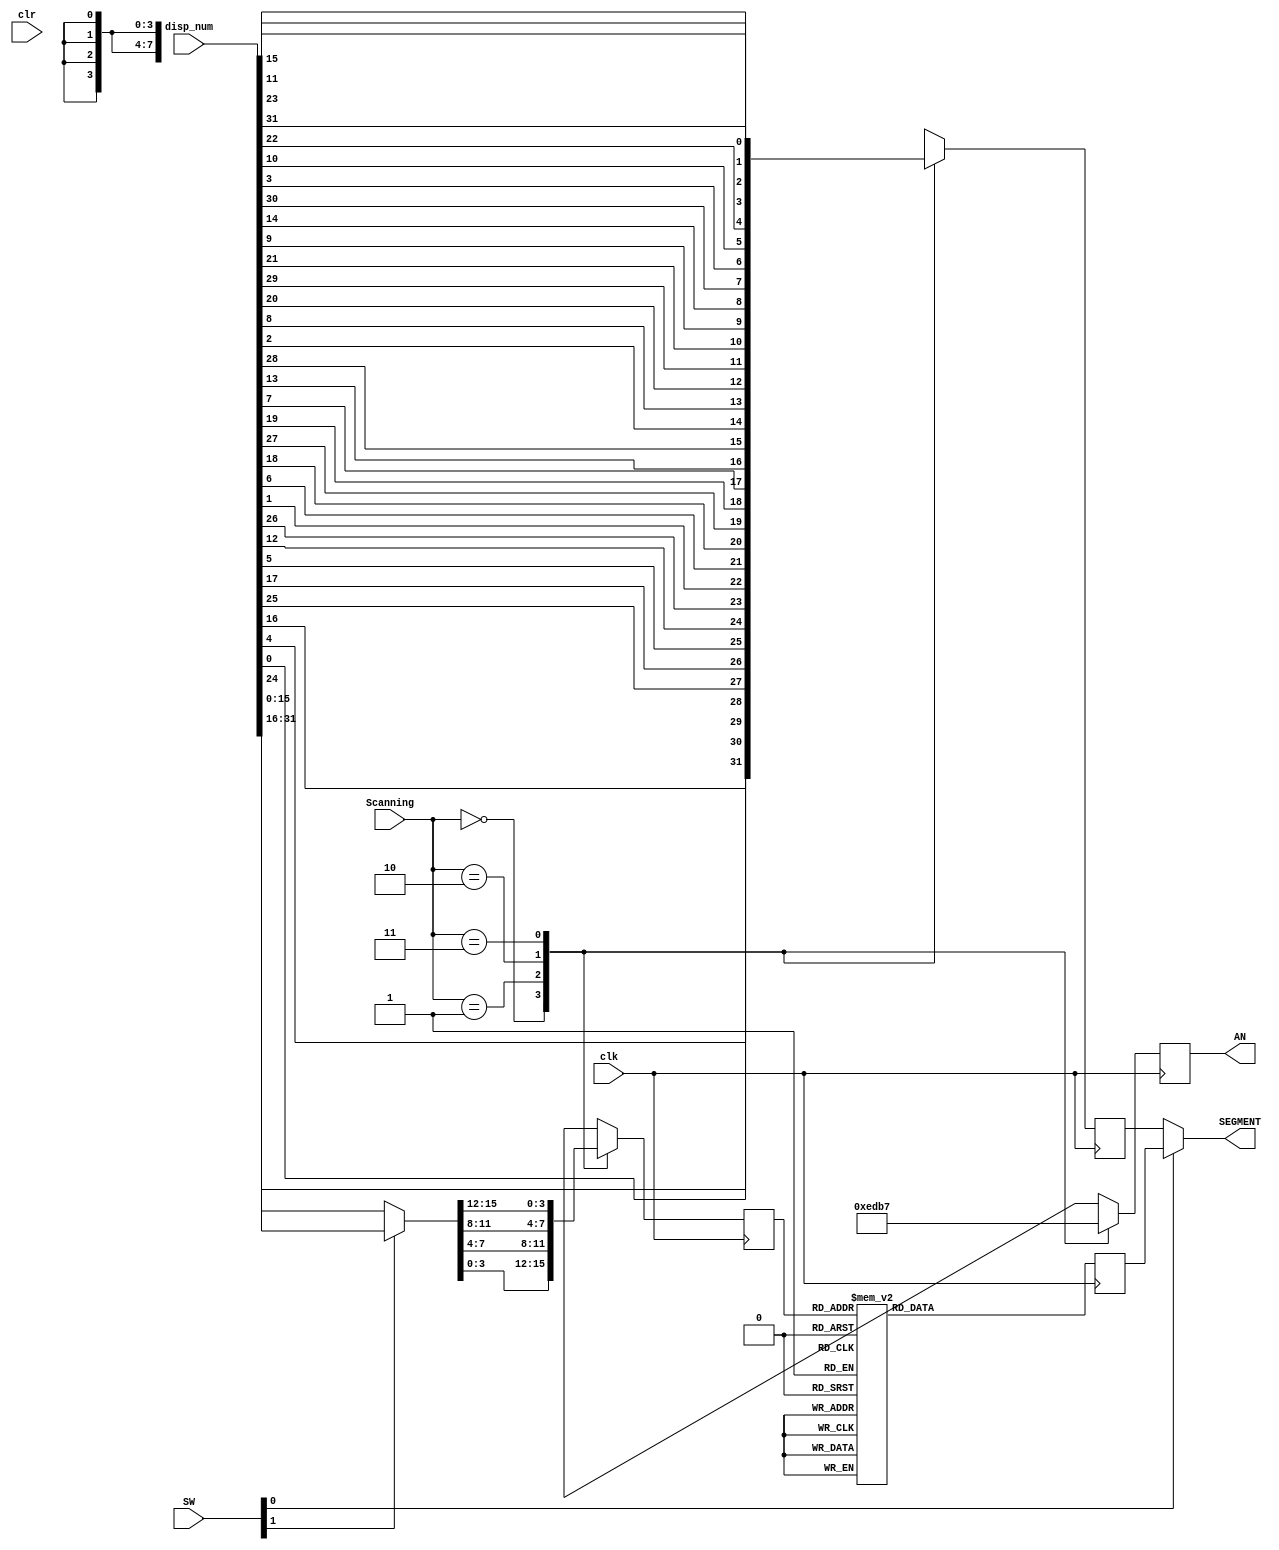
module seven_seg (
                    clk,
                    clr,
                    disp_num,
                    Scanning,
                    SW,
                    AN,
                    SEGMENT
                    );
    input wire          clk, clr;
    input wire  [ 1: 0] Scanning;
    input wire  [ 1: 0] SW;
    input wire  [31: 0] disp_num;
    output reg  [ 3: 0] AN;
    output wire [ 7: 0] SEGMENT;
    reg         [ 3: 0] digit       = 4'h0;
    reg         [ 7: 0] temp_seg    = 8'h0,
                        digit_seg   = 8'h0;
    wire        [15: 0] disp_current;
    assign SEGMENT = SW[0] ? digit_seg : temp_seg;                  // 0: Pic mode, 1: Text mode
    assign disp_current = SW[1] ? disp_num[31:16] : disp_num[15:0]; // 0: Low, 1: High
    // 7-Seg docode
    always @(posedge clk)begin
        case (digit)
            4'h0:     digit_seg = 8'b10000001;
		    4'h1:     digit_seg = 8'b11001111;
		    4'h2:     digit_seg = 8'b10010010;
		    4'h3:     digit_seg = 8'b10000110;
		    4'h4:     digit_seg = 8'b11001100;
		    4'h5:     digit_seg = 8'b10100100;
		    4'h6:     digit_seg = 8'b10100000;
		    4'h7:     digit_seg = 8'b10001111;
		    4'h8:     digit_seg = 8'b10000000;
		    4'h9:     digit_seg = 8'b10000100;
		    4'hA:     digit_seg = 8'b10001000;
		    4'hB:     digit_seg = 8'b11100000;
		    4'hC:     digit_seg = 8'b10110001;
		    4'hD:     digit_seg = 8'b11000010;
		    4'hE:     digit_seg = 8'b10110000;
		    4'hF:     digit_seg = 8'b10111000;
            default:  digit_seg = 8'b00000000;
    endcase
   end
    always @(posedge clk)begin
        case (Scanning)             // temp_seg for Pic mode
	            0: begin // disp_num[ 7: 0]
                    digit       = disp_current[ 3: 0]; // TextMode: D[ 3: 0] or D[19:16]
					temp_seg    = { disp_num[24], disp_num[ 0], disp_num[ 4], disp_num[16],
                                    disp_num[25], disp_num[17], disp_num[ 5], disp_num[12]};
                    AN          = 4'b1110;
                end
                1: begin // disp_num[15:8]
                    digit       = disp_current[ 7: 4]; // TextMode: D[ 7: 4] or D[23:20]
					temp_seg    = { disp_num[26], disp_num[ 1], disp_num[ 6], disp_num[18],
									disp_num[27], disp_num[19], disp_num[ 7], disp_num[13]};
                    AN          = 4'b1101;
                end
                2: begin // disp_num[23:16]
                    digit       = disp_current[11: 8];   // TextMode: D[11: 8] or D[27:24]
					temp_seg    = { disp_num[28], disp_num[ 2], disp_num[ 8], disp_num[20],
									disp_num[29], disp_num[21], disp_num[ 9], disp_num[14]};
                    AN          = 4'b1011;
                end
                3: begin // disp_num[31:24]
                    digit       = disp_current[15:12];  // TextMode: D[15:2] or D[31:28]
					temp_seg    = { disp_num[30], disp_num[ 3], disp_num[10], disp_num[22],
									disp_num[31], disp_num[23], disp_num[11], disp_num[15]};
                    AN          = 4'b0111;
               end
     endcase
    end
endmodule